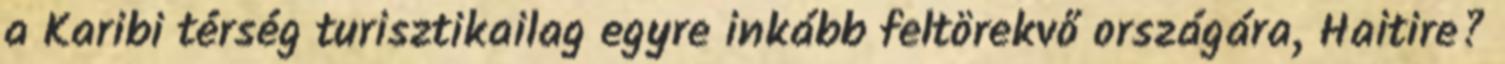
a Karibi térség turisztikailag egyre inkább feltörekvő országára, Haitire?